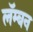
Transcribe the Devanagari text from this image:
लॅम्बन